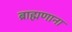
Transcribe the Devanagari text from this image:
ब्राह्मणाना